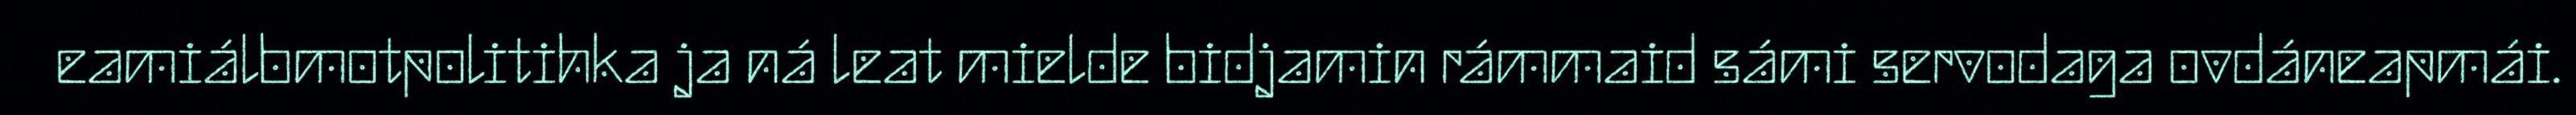
eamiálbmotpolitihka ja ná leat mielde bidjamin rámmaid sámi servodaga ovdáneapmái.